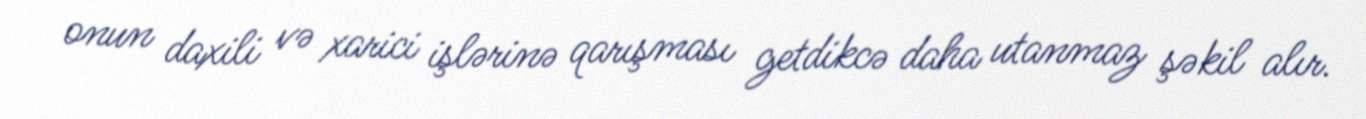
onun daxili və xarici işlərinə qarışması getdikcə daha utanmaz şəkil alır.